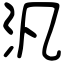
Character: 汎